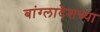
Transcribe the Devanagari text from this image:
बांग्लादेशच्या